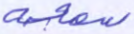
سمعه